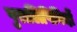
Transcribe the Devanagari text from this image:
पुरालिपिविदों